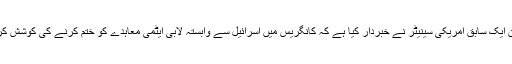
اس درمیان ایک سابق امریکی سینیٹر نے خبردار کیا ہے کہ کانگریس میں اسرائیل سے وابستہ لابی ایٹمی معاہدے کو ختم کرنے کی کوشش کررہی ہے۔